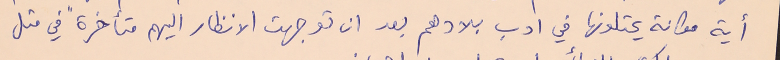
أية مكانة يحتلونها في ادب بلادهم بعد ان توجهت الانظار اليهم متأخرةً في مثل